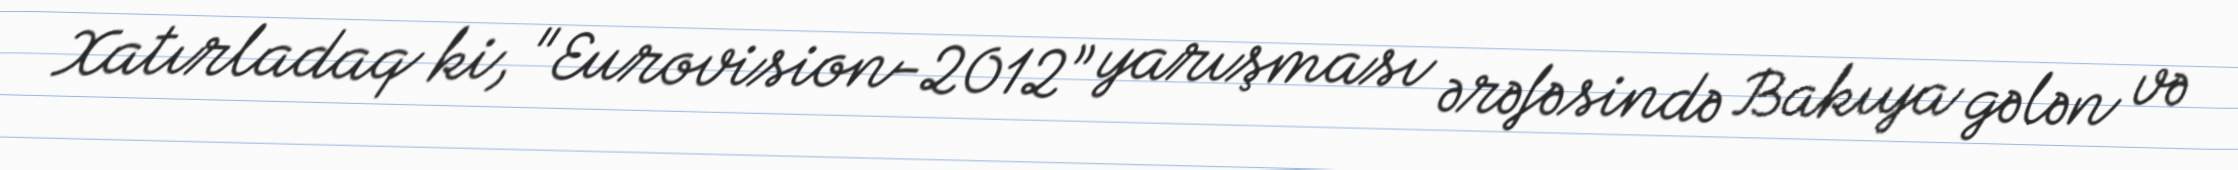
Xatırladaq ki, "Eurovision-2012” yarışması ərəfəsində Bakıya gələn və